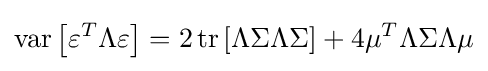
\operatorname {var} \left[\varepsilon ^{T}\Lambda \varepsilon \right]=2\operatorname {tr} \left[\Lambda \Sigma \Lambda \Sigma \right]+4\mu ^{T}\Lambda \Sigma \Lambda \mu